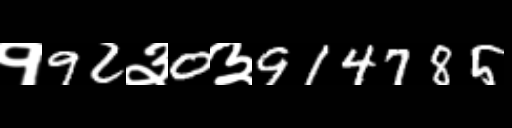
Text: १92३0३914785